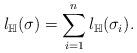
LaTeX: \begin{align*}l_\mathbb{H}(\sigma)= \sum\limits_{i=1}^n l_\mathbb{H}(\sigma_i).\end{align*}